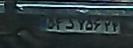
۵۴د۷۵۶۲۴